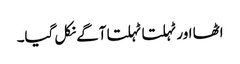
اٹھا اور ٹہلتا ٹہلتا آگے نکل گیا۔